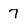
Character: 7